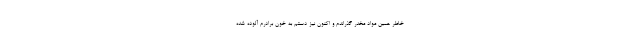
خاطر همین مواد مخدر گذراندم و اکنون نیز دستم به خون برادرم آلوده شده